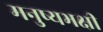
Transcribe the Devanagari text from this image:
मनुष्यभक्षी